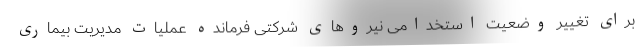
برای تغییر وضعیت استخدامی نیروهای شرکتی فرمانده عملیات مدیریت بیماری